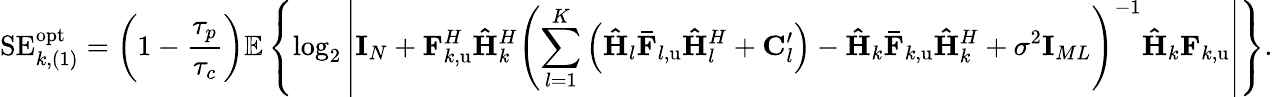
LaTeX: \mathrm{SE}_{k,(1)}^{\mathrm{opt}}=\left(1-\frac{\tau_{p}}{\tau_{c}}\right)\mathbb{E}\left\{ \log_{2}\left|\mathbf{I}_{N}+\mathbf{F}_{k,\mathrm{u}}^{H}\mathbf{\hat{H}}_{k}^{H}\left(\sum_{l=1}^{K}{\left(\mathbf{\hat{H}}_{l}\mathbf{\bar{F}}_{l,\mathrm{u}}\mathbf{\hat{H}}_{l}^{H}+\mathbf{C}_{l}^{\prime}\right)}-\mathbf{\hat{H}}_{k}\mathbf{\bar{F}}_{k,\mathrm{u}}\mathbf{\hat{H}}_{k}^{H}+\sigma^{2}\mathbf{I}_{ML}\right)^{-1}\mathbf{\hat{H}}_{k}\mathbf{F}_{k,\mathrm{u}}\right|\right\} .